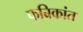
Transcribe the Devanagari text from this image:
फब्रिकांत